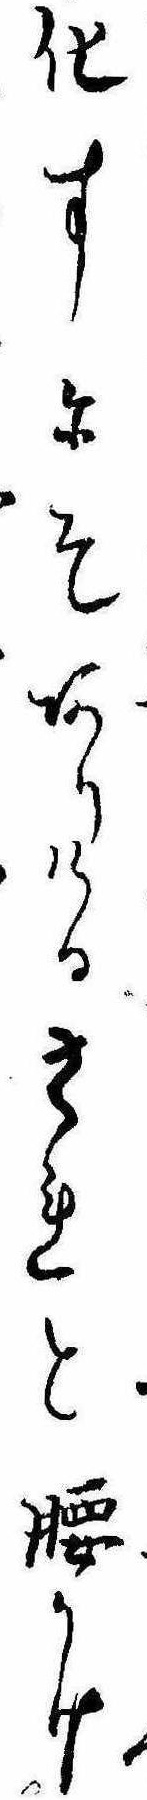
化すにそありけるされと腰かけ